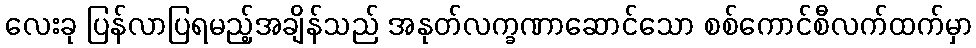
လေးခု ပြန်လာပြရမည့်အချိန်သည် အနုတ်လက္ခဏာဆောင်သော စစ်ကောင်စီလက်ထက်မှာ